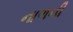
નાળની